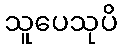
သူပေသုပိ